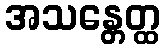
အသန္တေတ္ထ